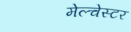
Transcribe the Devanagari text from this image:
मेल्चेस्टर